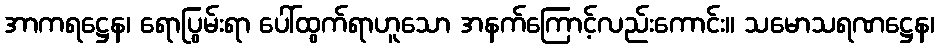
အာကရဋ္ဌေန၊ ရောပြွမ်းရာ ပေါ်ထွက်ရာဟူသော အနက်ကြောင့်လည်းကောင်း။ သမောသရဏဋ္ဌေန၊